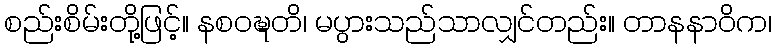
စည်းစိမ်းတို့ဖြင့်။ နစဝဍ္ဎတိ၊ မပွားသည်သာလျှင်တည်း။ တာနနာဝိက၊